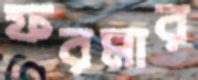
ফরমার